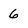
Character: 6